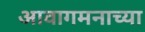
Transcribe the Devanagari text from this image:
आवागमनाच्या